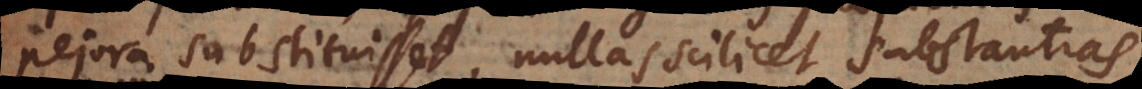
pejora substituisset, nullas scilicet substantias